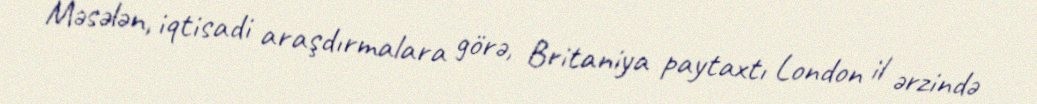
Məsələn, iqtisadi araşdırmalara görə, Britaniya paytaxtı London il ərzində